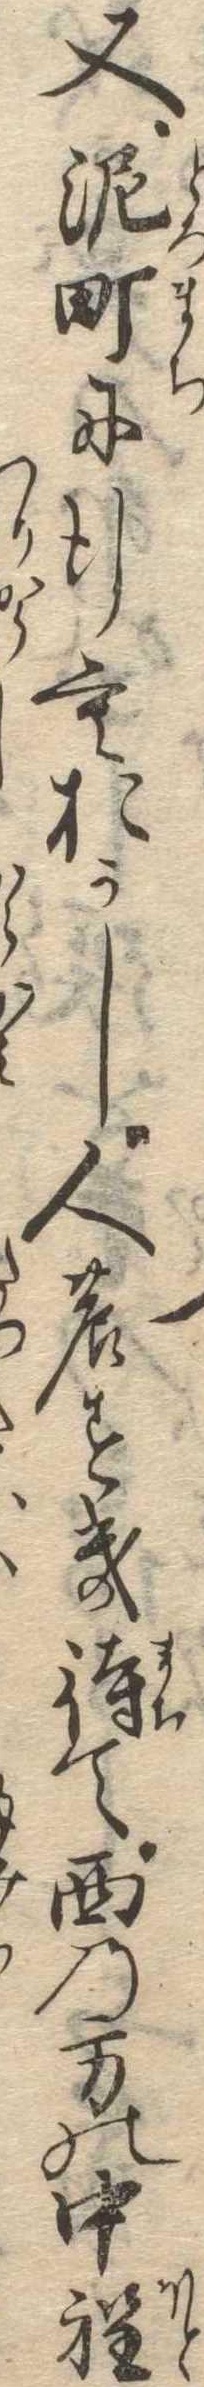
又泥町に行もおかし人のすき待て西の方の中程